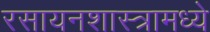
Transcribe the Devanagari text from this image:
रसायनशास्त्रामध्ये